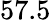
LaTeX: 57.5